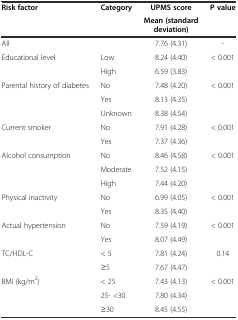
<table><thead><tr><td><b>Risk factor</b></td><td><b>Category</b></td><td><b>UPMS score</b></td><td><b>P value</b></td></tr><tr><td>[EMPTY_CELL]</td><td>[EMPTY_CELL]</td><td><b>Mean (standard deviation)</b></td><td>[EMPTY_CELL]</td></tr></thead><tbody><tr><td>All</td><td>[EMPTY_CELL]</td><td>7.76 (4.31)</td><td>-</td></tr><tr><td>Educational level</td><td>Low</td><td>8.24 (4.40)</td><td>&lt; 0.001</td></tr><tr><td>[EMPTY_CELL]</td><td>High</td><td>6.59 (3.83)</td><td>[EMPTY_CELL]</td></tr><tr><td>Parental history of diabetes</td><td>No</td><td>7.48 (4.20)</td><td>&lt; 0.001</td></tr><tr><td>[EMPTY_CELL]</td><td>Yes</td><td>8.13 (4.35)</td><td>[EMPTY_CELL]</td></tr><tr><td>[EMPTY_CELL]</td><td>Unknown</td><td>8.38 (4.54)</td><td>[EMPTY_CELL]</td></tr><tr><td>Current smoker</td><td>No</td><td>7.91 (4.28)</td><td>&lt; 0.001</td></tr><tr><td>[EMPTY_CELL]</td><td>Yes</td><td>7.37 (4.36)</td><td>[EMPTY_CELL]</td></tr><tr><td>Alcohol consumption</td><td>No</td><td>8.46 (4.58)</td><td>&lt; 0.001</td></tr><tr><td>[EMPTY_CELL]</td><td>Moderate</td><td>7.52 (4.15)</td><td>[EMPTY_CELL]</td></tr><tr><td>[EMPTY_CELL]</td><td>High</td><td>7.44 (4.20)</td><td>[EMPTY_CELL]</td></tr><tr><td>Physical inactivity</td><td>No</td><td>6.99 (4.05)</td><td>&lt; 0.001</td></tr><tr><td>[EMPTY_CELL]</td><td>Yes</td><td>8.35 (4.40)</td><td>[EMPTY_CELL]</td></tr><tr><td>Actual hypertension</td><td>No</td><td>7.59 (4.19)</td><td>&lt; 0.001</td></tr><tr><td>[EMPTY_CELL]</td><td>Yes</td><td>8.07 (4.49)</td><td>[EMPTY_CELL]</td></tr><tr><td>TC/HDL-C</td><td>&lt; 5</td><td>7.81 (4.24)</td><td>0.14</td></tr><tr><td>[EMPTY_CELL]</td><td>≥5</td><td>7.67 (4.47)</td><td>[EMPTY_CELL]</td></tr><tr><td>BMI (kg/m<sup>2</sup>)</td><td>&lt; 25</td><td>7.43 (4.13)</td><td>&lt; 0.001</td></tr><tr><td>[EMPTY_CELL]</td><td>25- &lt;30</td><td>7.80 (4.34)</td><td>[EMPTY_CELL]</td></tr><tr><td>[EMPTY_CELL]</td><td>≥30</td><td>8.45 (4.55)</td><td>[EMPTY_CELL]</td></tr></tbody></table>